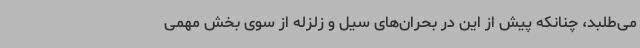
می‌طلبد، چنانکه پیش از این در بحران‌های سیل و زلزله از سوی بخش مهمی